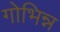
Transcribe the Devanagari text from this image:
गोभिन्न